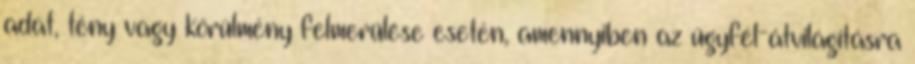
adat, tény vagy körülmény felmerülése esetén, amennyiben az ügyfél-átvilágításra